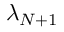
\lambda _ { N + 1 }